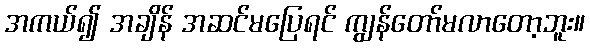
အကယ်၍ အချိန် အဆင်မပြေရင် ကျွန်တော်မလာတော့ဘူး။